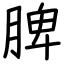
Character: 脾